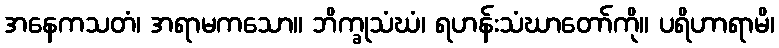
အနေကသတံ၊ အရာမကသော။ ဘိက္ခုသံဃံ၊ ရဟန်းသံဃာတော်ကို။ ပရိဟာရာမိ၊